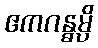
ဧကဂန္ဓမ္ပိ